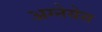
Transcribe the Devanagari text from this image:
अग्नेयेस